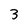
Character: 3